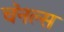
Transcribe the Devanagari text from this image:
चॅनल्स